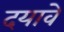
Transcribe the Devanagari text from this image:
दयावे